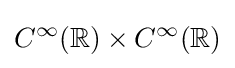
C^{\infty }(\mathbb {R} )\times C^{\infty }(\mathbb {R} )